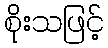
စိုးသဖြင့်